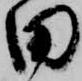
田